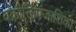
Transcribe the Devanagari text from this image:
वक्रोक्तिपंजाशिका